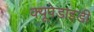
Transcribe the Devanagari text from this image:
क्यूपेडाइडी